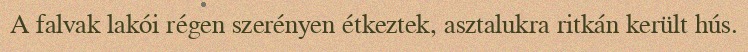
A falvak lakói régen szerényen étkeztek, asztalukra ritkán került hús.